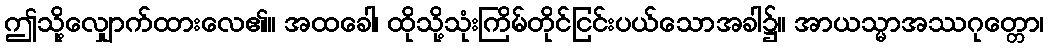
ဤသို့လျှောက်ထားလေ၏။ အထခေါ၊ ထိုသို့သုံးကြိမ်တိုင်ငြင်းပယ်သောအခါ၌။ အာယသ္မာအဿဂုတ္တော၊